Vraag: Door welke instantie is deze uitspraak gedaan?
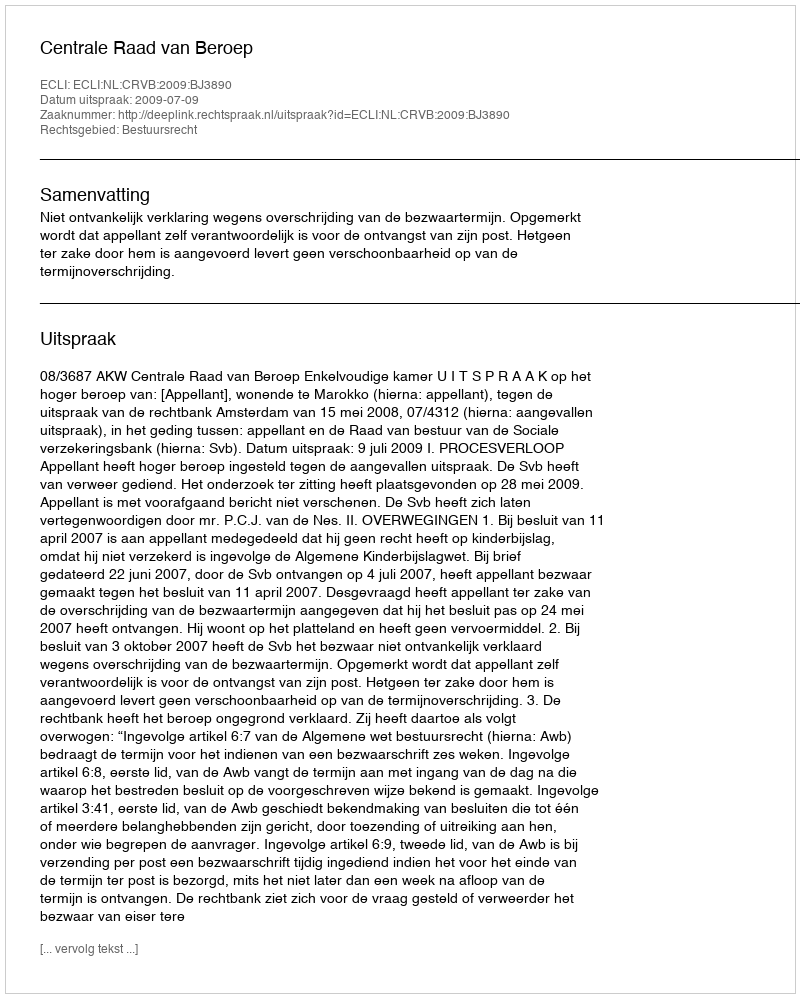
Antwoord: Centrale Raad van Beroep